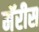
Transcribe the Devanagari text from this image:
मॅरीस